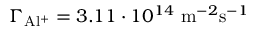
\Gamma _ { \mathrm { A l ^ { + } } } = 3 . 1 1 \cdot 1 0 ^ { 1 4 } ~ \mathrm { m } ^ { - 2 } \mathrm { s } ^ { - 1 }